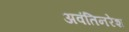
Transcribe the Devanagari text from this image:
अवंतिनरेश